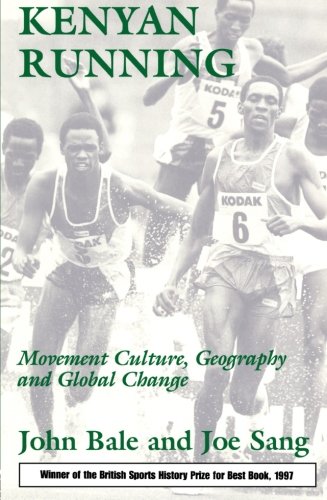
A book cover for Kenyan Running: Movement Culture, Geography and Global Change; John Bale; History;